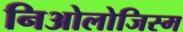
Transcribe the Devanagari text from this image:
निओलोजिस्म